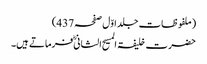
(ملفوظات جلد اوّل صفحہ437)
حضرت خلیفۃ المسیح الثانیؓ فرماتے ہیں۔